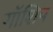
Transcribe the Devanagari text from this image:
गॉशिप